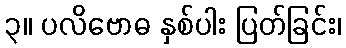
၃။ ပလိဗောဓ နှစ်ပါး ပြတ်ခြင်း၊